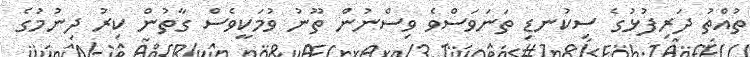
ތުއްތު ދަރިފުޅުގެ ސިކުނޑި ތަނަވަސްވެ ވިސްނުން ތޫނު ވުމަކީވެސް ގާތުން ކިރު ދިނުމުގެ